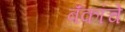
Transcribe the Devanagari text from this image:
बॅंकांचे